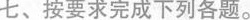
七、按要求完成下列各题。